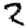
Digit: 2